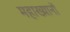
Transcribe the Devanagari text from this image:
महाख्यानों